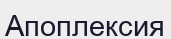
Апоплексия